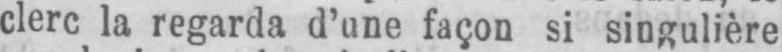
clerc la regarda d’une façon si singulière